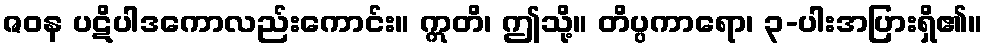
ဇဝန ပဋိပါဒကောလည်းကောင်း။ ဣတိ၊ ဤသို့။ တိပ္ပကာရော၊ ၃-ပါးအပြားရှိ၏။